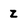
Character: Z